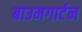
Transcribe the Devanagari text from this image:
बाउमगार्टन